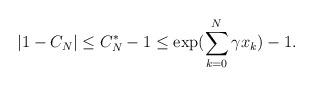
LaTeX: \begin{align*}|1 - C_N| \leq C_N^* - 1 \leq \exp( \sum \limits_{k=0}^N \gamma x_k ) - 1.\end{align*}